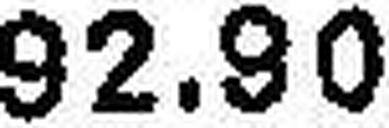
92.90